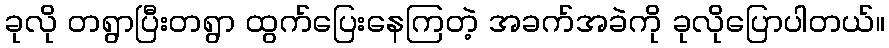
ခုလို တရွာပြီးတရွာ ထွက်ပြေးနေကြတဲ့ အခက်အခဲကို ခုလိုပြောပါတယ်။